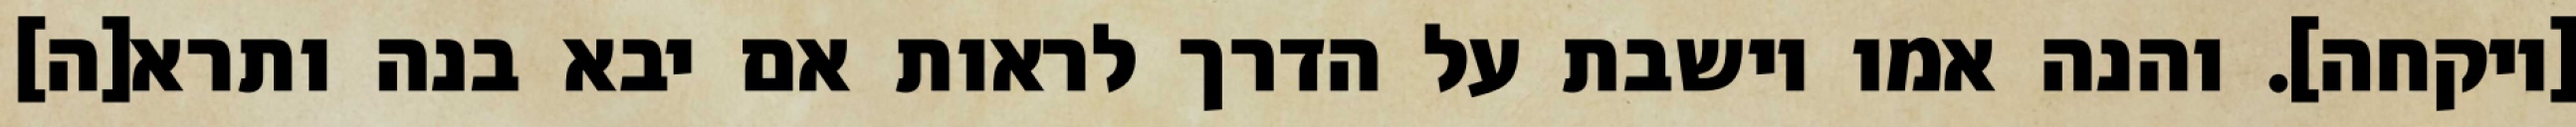
[ויקחה]. והנה אמו יושבת על הדרך לראות אם יבא בנה ותרא[ה]